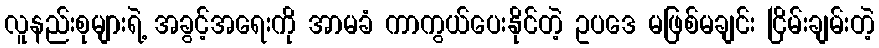
လူနည်းစုများရဲ့ အခွင့်အရေးကို အာမခံ ကာကွယ်ပေးနိုင်တဲ့ ဥပဒေ မဖြစ်မချင်း ငြိမ်းချမ်းတဲ့